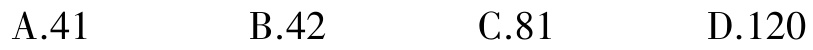
A.41

B.42

C.81

D.120